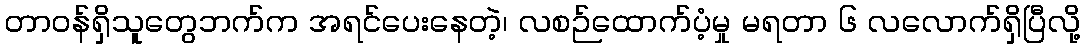
တာဝန်ရှိသူတွေဘက်က အရင်ပေးနေတဲ့၊ လစဉ်ထောက်ပံ့မှု မရတာ ၆ လလောက်ရှိပြီလို့